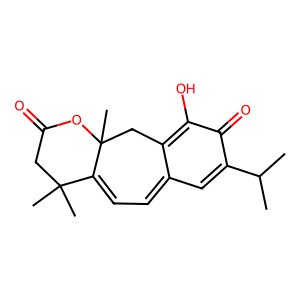
SMILES: CC(C)C1=CC2=CC=C3C(C)(C)CC(=O)OC3(C)CC2=C(O)C1=O
Inhibits HIV replication: No